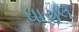
ધાયલ